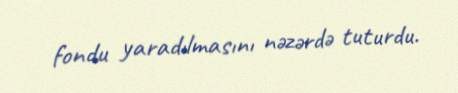
fondu yaradılmasını nəzərdə tuturdu.